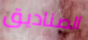
الصناديق